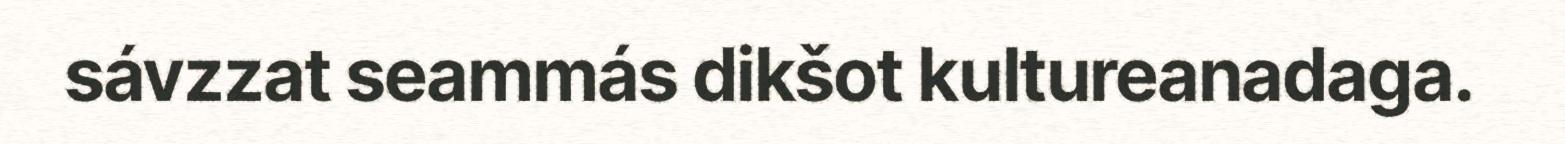
sávzzat seammás dikšot kultureanadaga.